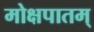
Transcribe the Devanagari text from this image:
मोक्षपातम्